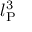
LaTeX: l _ { \mathrm { P } } ^ { 3 }